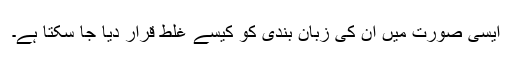
ایسی صورت میں ان کی زبان بندی کو کیسے غلط قرار دیا جا سکتا ہے۔